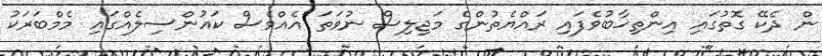
ން ދެކޭ ގޮތުގައި އިންތިޚާބުވެފައި ރައްޔެތުންގެ މަޖިލިސް ނުވަތަ އެއްވެސް ކައުންސިލެއްގައި މެމްބަރަކު